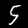
Digit: 5